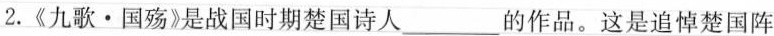
2.《九歌·国殇》是战国时期楚国诗人___的作品。这是追悼楚国阵亡